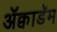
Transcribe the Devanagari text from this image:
ॲक्वाडॅम